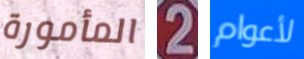
المأمورة 2 لأعوام